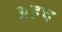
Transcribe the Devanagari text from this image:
ग्रहच